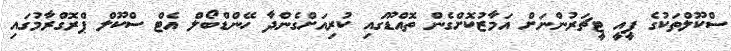
ސްކޫލްތަކުގެ ޕީއީ ޓީޗަރުންނަށް އަމާޒުކޮށްގެން ތޮއްޑޫގައި ކުރިއަށްގެންދާ ހޭންޑްބޯލް އެޓް ސްކޫލް ޕްރޮގްރާމުގައި